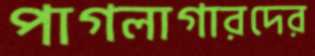
পাগলাগারদের